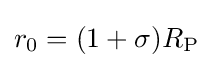
r_{0}=(1+\sigma )R_{\textrm {P}}